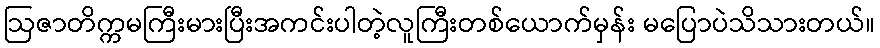
ဩဇာတိက္ကမကြီးမားပြီးအကင်းပါတဲ့လူကြီးတစ်ယောက်မှန်း မပြောပဲသိသားတယ်။